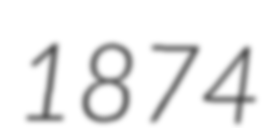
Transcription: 1874